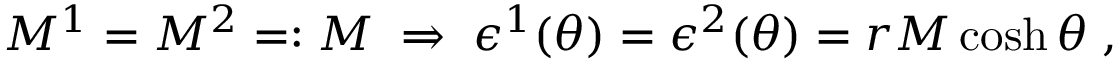
M ^ { 1 } = M ^ { 2 } = : M \; \Rightarrow \; \epsilon ^ { 1 } ( \theta ) = \epsilon ^ { 2 } ( \theta ) = r M \cosh \theta \; ,